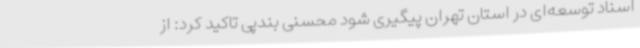
اسناد توسعه‌ای در استان تهران پیگیری شود محسنی بندپی تاکید کرد: از